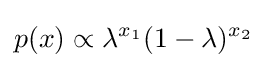
p(x)\propto \lambda ^{x_{1}}(1-\lambda )^{x_{2}}